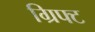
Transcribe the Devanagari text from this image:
ग्रिफ्ट